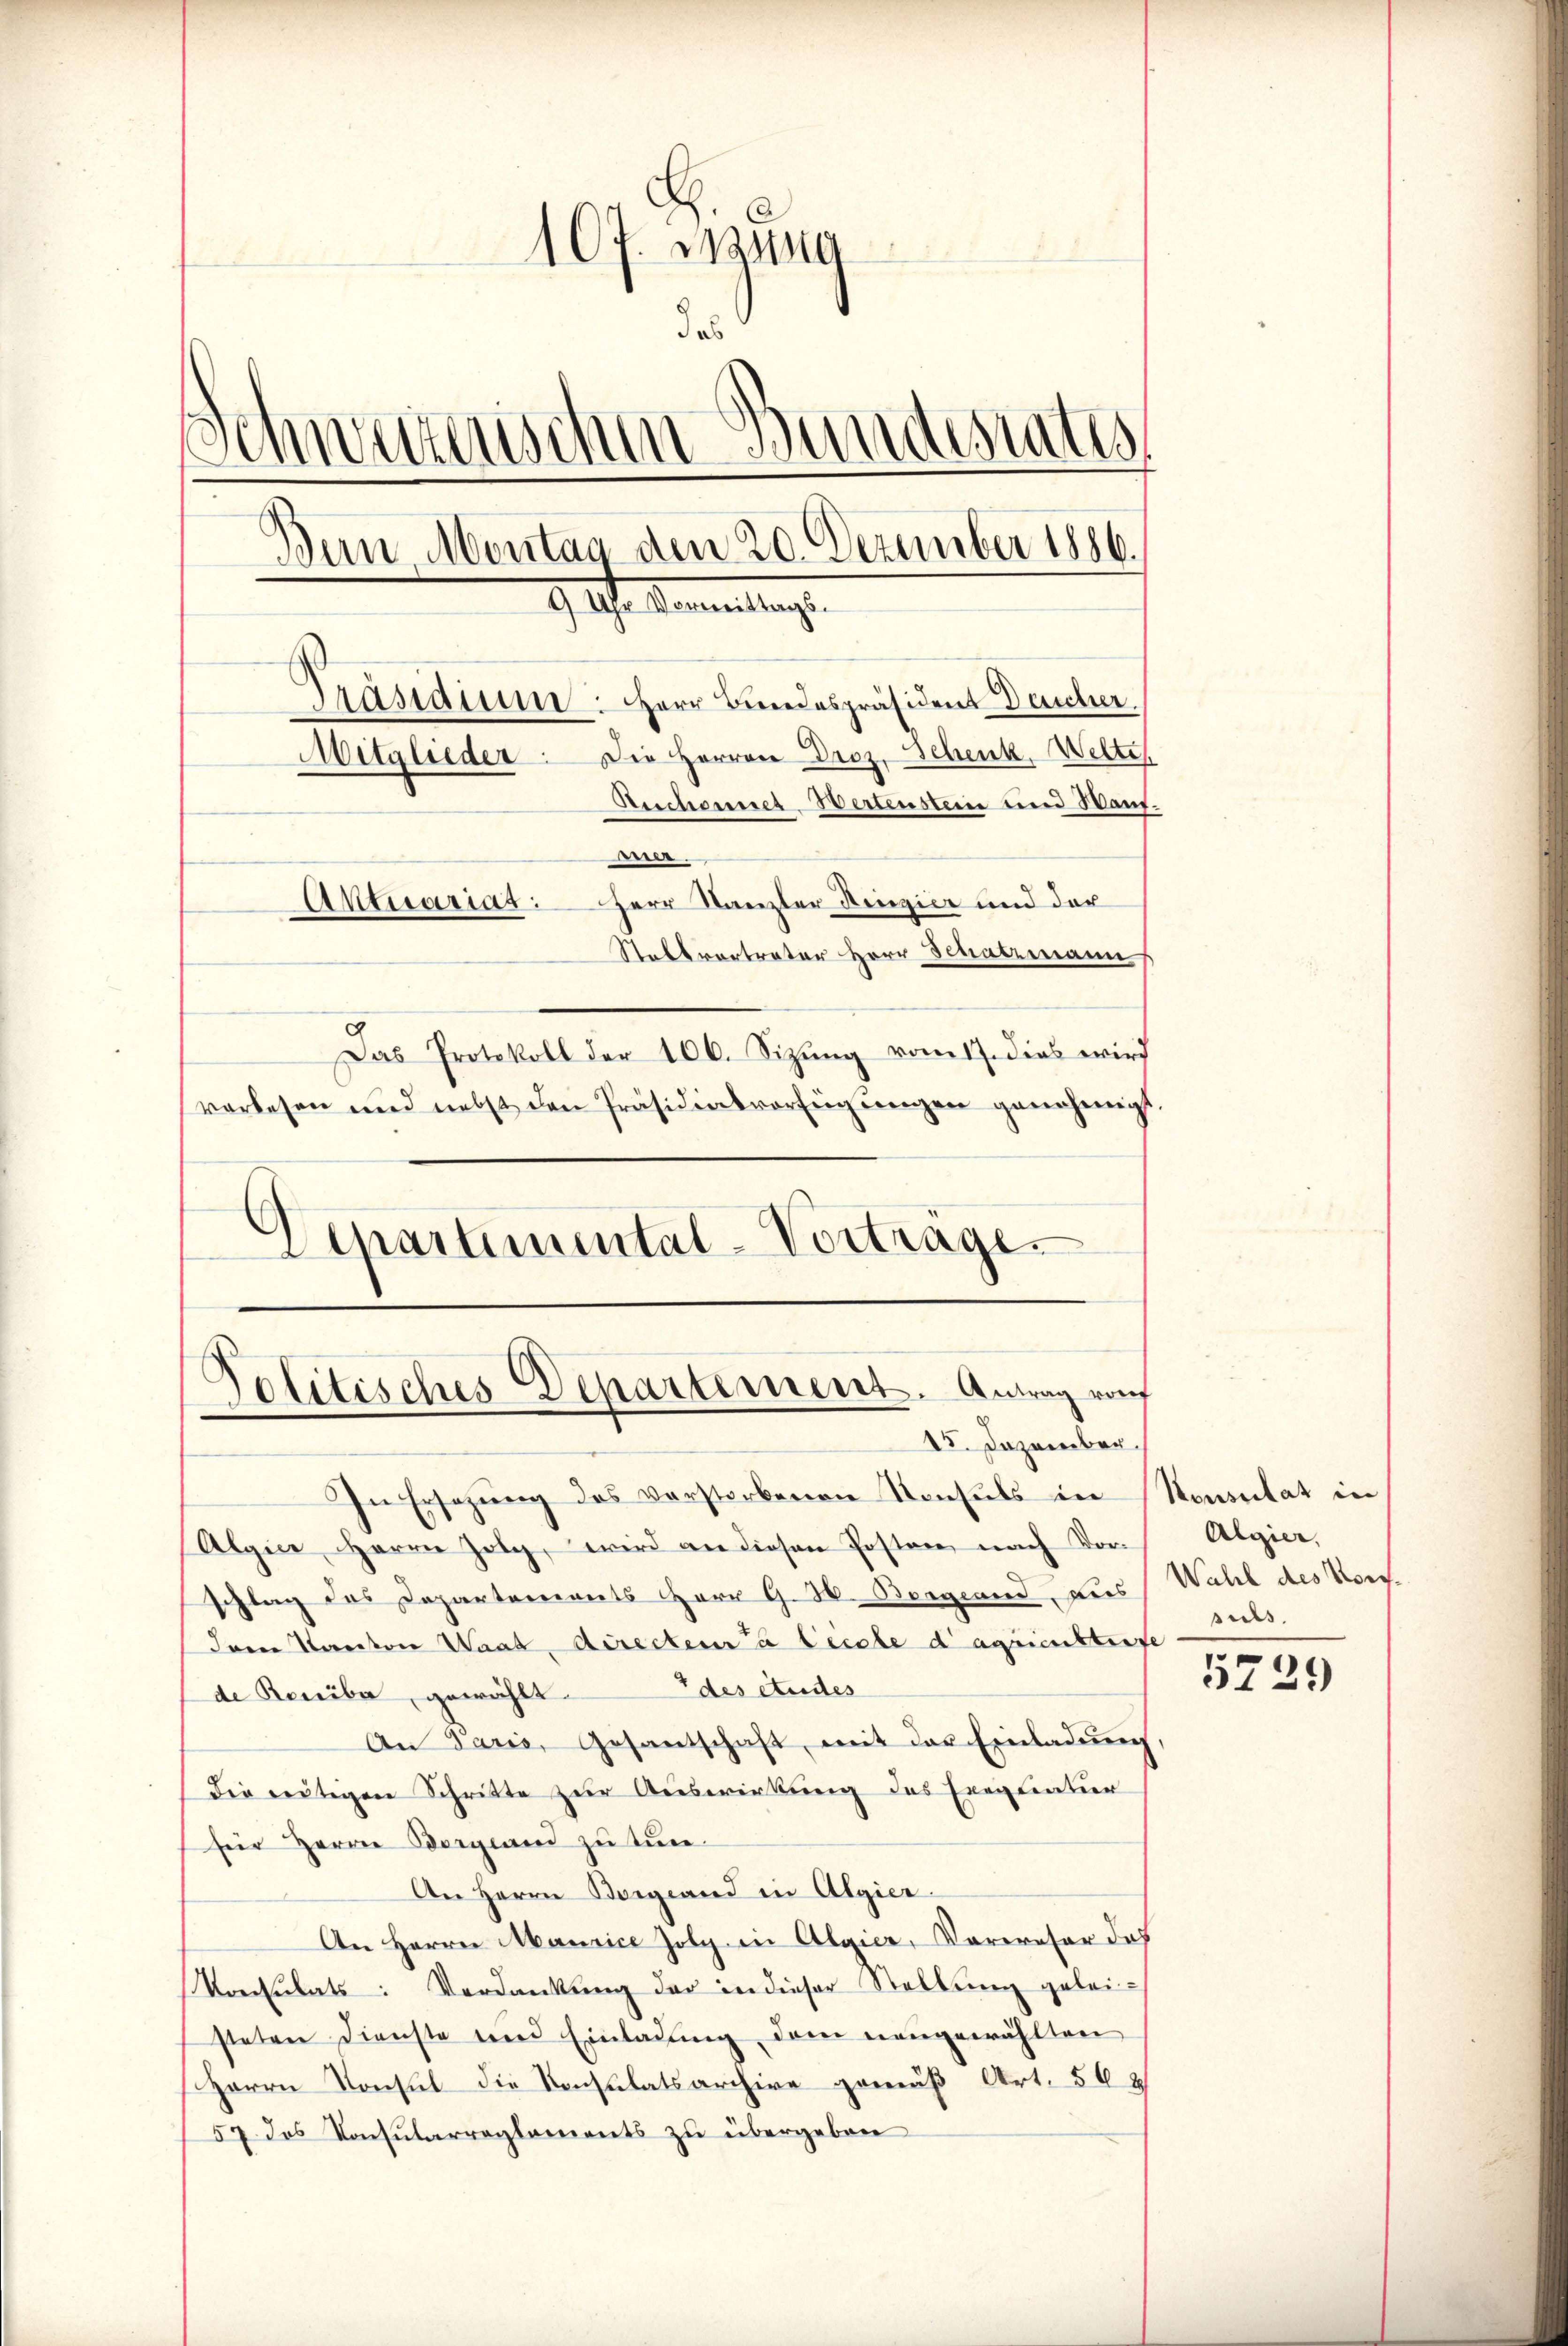
107. Iuna
des
.
Schwerzenschen Bundesrates
Bern Montag den 20. Dezember 1886.
9 Uhr Namentlange
Präsidium. Herr Bundespräsident Dacher.
Mitglieder. Die Herren Droz. Schenk, Welte
Auchannes Wertenstein und Hanf¬
.
Aktuariat: Herr Kanzler Ringier und der
Stallvertrator Herr Schatzmann
Das Protokoll der 106. Sizŭng vom 17. dies wird
vorlesen und nebst den Präsidialverfügungen genehmigt.

.

Politisches Departement. Antrag rof
15. Dezember.

Aepartimental-Vorträge.

In Ersezung des verstorbenen Konsuls in Konsulat in
Algier Herrn Jolg, wird an diesen Posten, nach Vorschlag des Departements Herr G. H. Bergrand, aus Wahl des Vors.
Iren Kanton Waat, directen u leiche daguiensteife
des études
de Reniba, gewählt.
An Paris, Gesantschaft, mit der Einladung
Die neutigen Schritte zur Auswirkung des Eregliatur
für Herrn Bergwand zu tun.
An Herrn Borgiand in Algier
An Herrn Maurice folg in Algier, Parereser doch
Konsulats: Verdankŭng der in dieser Stellŭng gelei-
steten Dienste und Einladung dem neugewählten
Herrn Konsul die Konsulatsarchive gemäß Art. 562
57 des Konsularreglements zu übergeben

Algier,
suls.

2
3129)